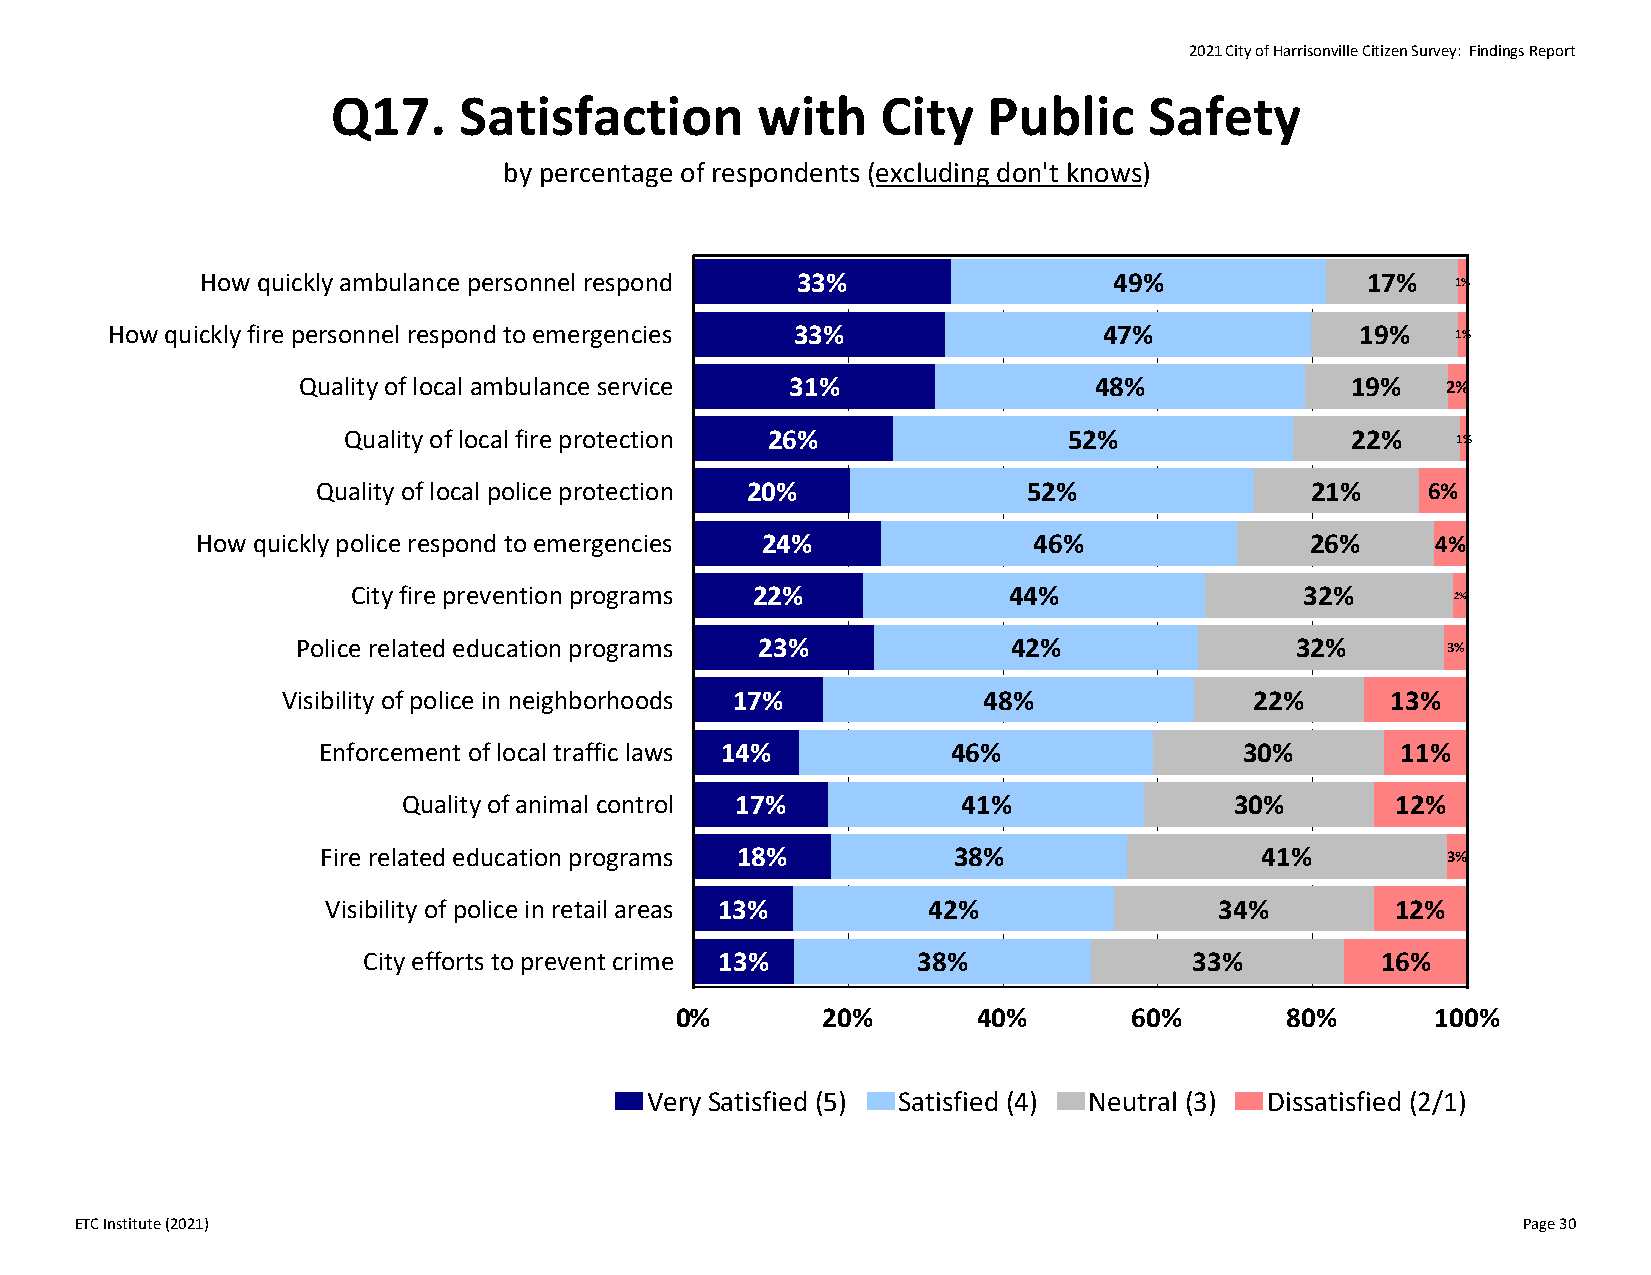
2021 City of Harrisonville Citizen Survey: Findings Report
 Q17.    Satisfaction        with    City   Public     Safety
 by percentage of respondents (excluding don't knows)
 How quickly ambulance personnel respond 33%                  49%             17%   1%
 How quickly fire personnel respond to emergencies 33%             47%              19%   1%
 Quality of local ambulance service 31%              48%              19%    2%
 Quality of local fire protection 26%            52%               22%    1%
 Quality of local police protection 20%         52%                21%    6%
 How quickly police respond to emergencies 24%          46%                26%     4%
 City fire prevention programs 22%           44%                32%       2%
 Police related education programs 23%          42%                32%       3%
 Visibility of police in neighborhoods 17%     48%               22%      13%
 Enforcement of local traffic laws 14%     46%                30%        11%
 Quality of animal control 17%        41%               30%       12%
 Fire related education programs 18%       38%                 41%          3%
 Visibility of police in retail areas 13% 42%               34%        12%
 City efforts to prevent crime 13%    38%               33%         16%
 0%       20%        40%       60%       80%       100%
 Very Satisfied (5) Satisfied (4) Neutral (3) Dissatisfied (2/1)
 ETC Institute (2021)                                                                            Page 30